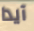
آيدا